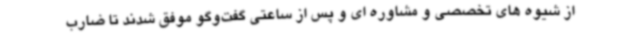
از شیوه های تخصصی و مشاوره ای و پس از ساعتی گفت‌وگو موفق شدند تا ضارب